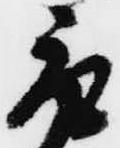
取